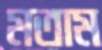
মতাম